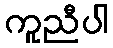
ကူညီပါ